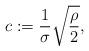
LaTeX: \begin{align*} c:= \frac{1}{\sigma} \sqrt{\frac{\rho}{2}},\end{align*}